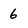
Character: 6